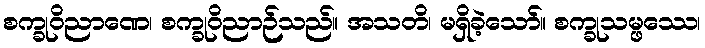
စက္ခုဝိညာဏေ၊ စက္ခုဝိညာဉ်သည်။ အသတိ၊ မရှိခဲ့သော်။ စက္ခုသမ္ဖဿေ၊